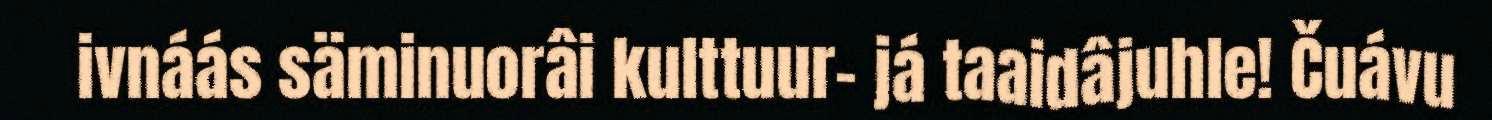
ivnáás säminuorâi kulttuur- já taaidâjuhle! Čuávu